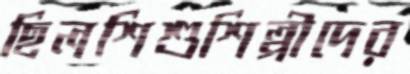
ছিলশিশুশিল্পীদের